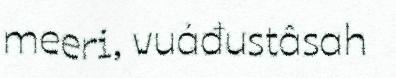
meeri, vuáđustâsah